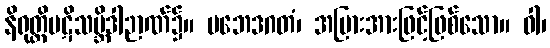
နိရုတ္တိပဋိသမ္ဘိဒါဉာဏ်၌။ ပဘေဒဂတံ၊ အပြားအားဖြင့်ဖြစ်သော။ ဝါ၊